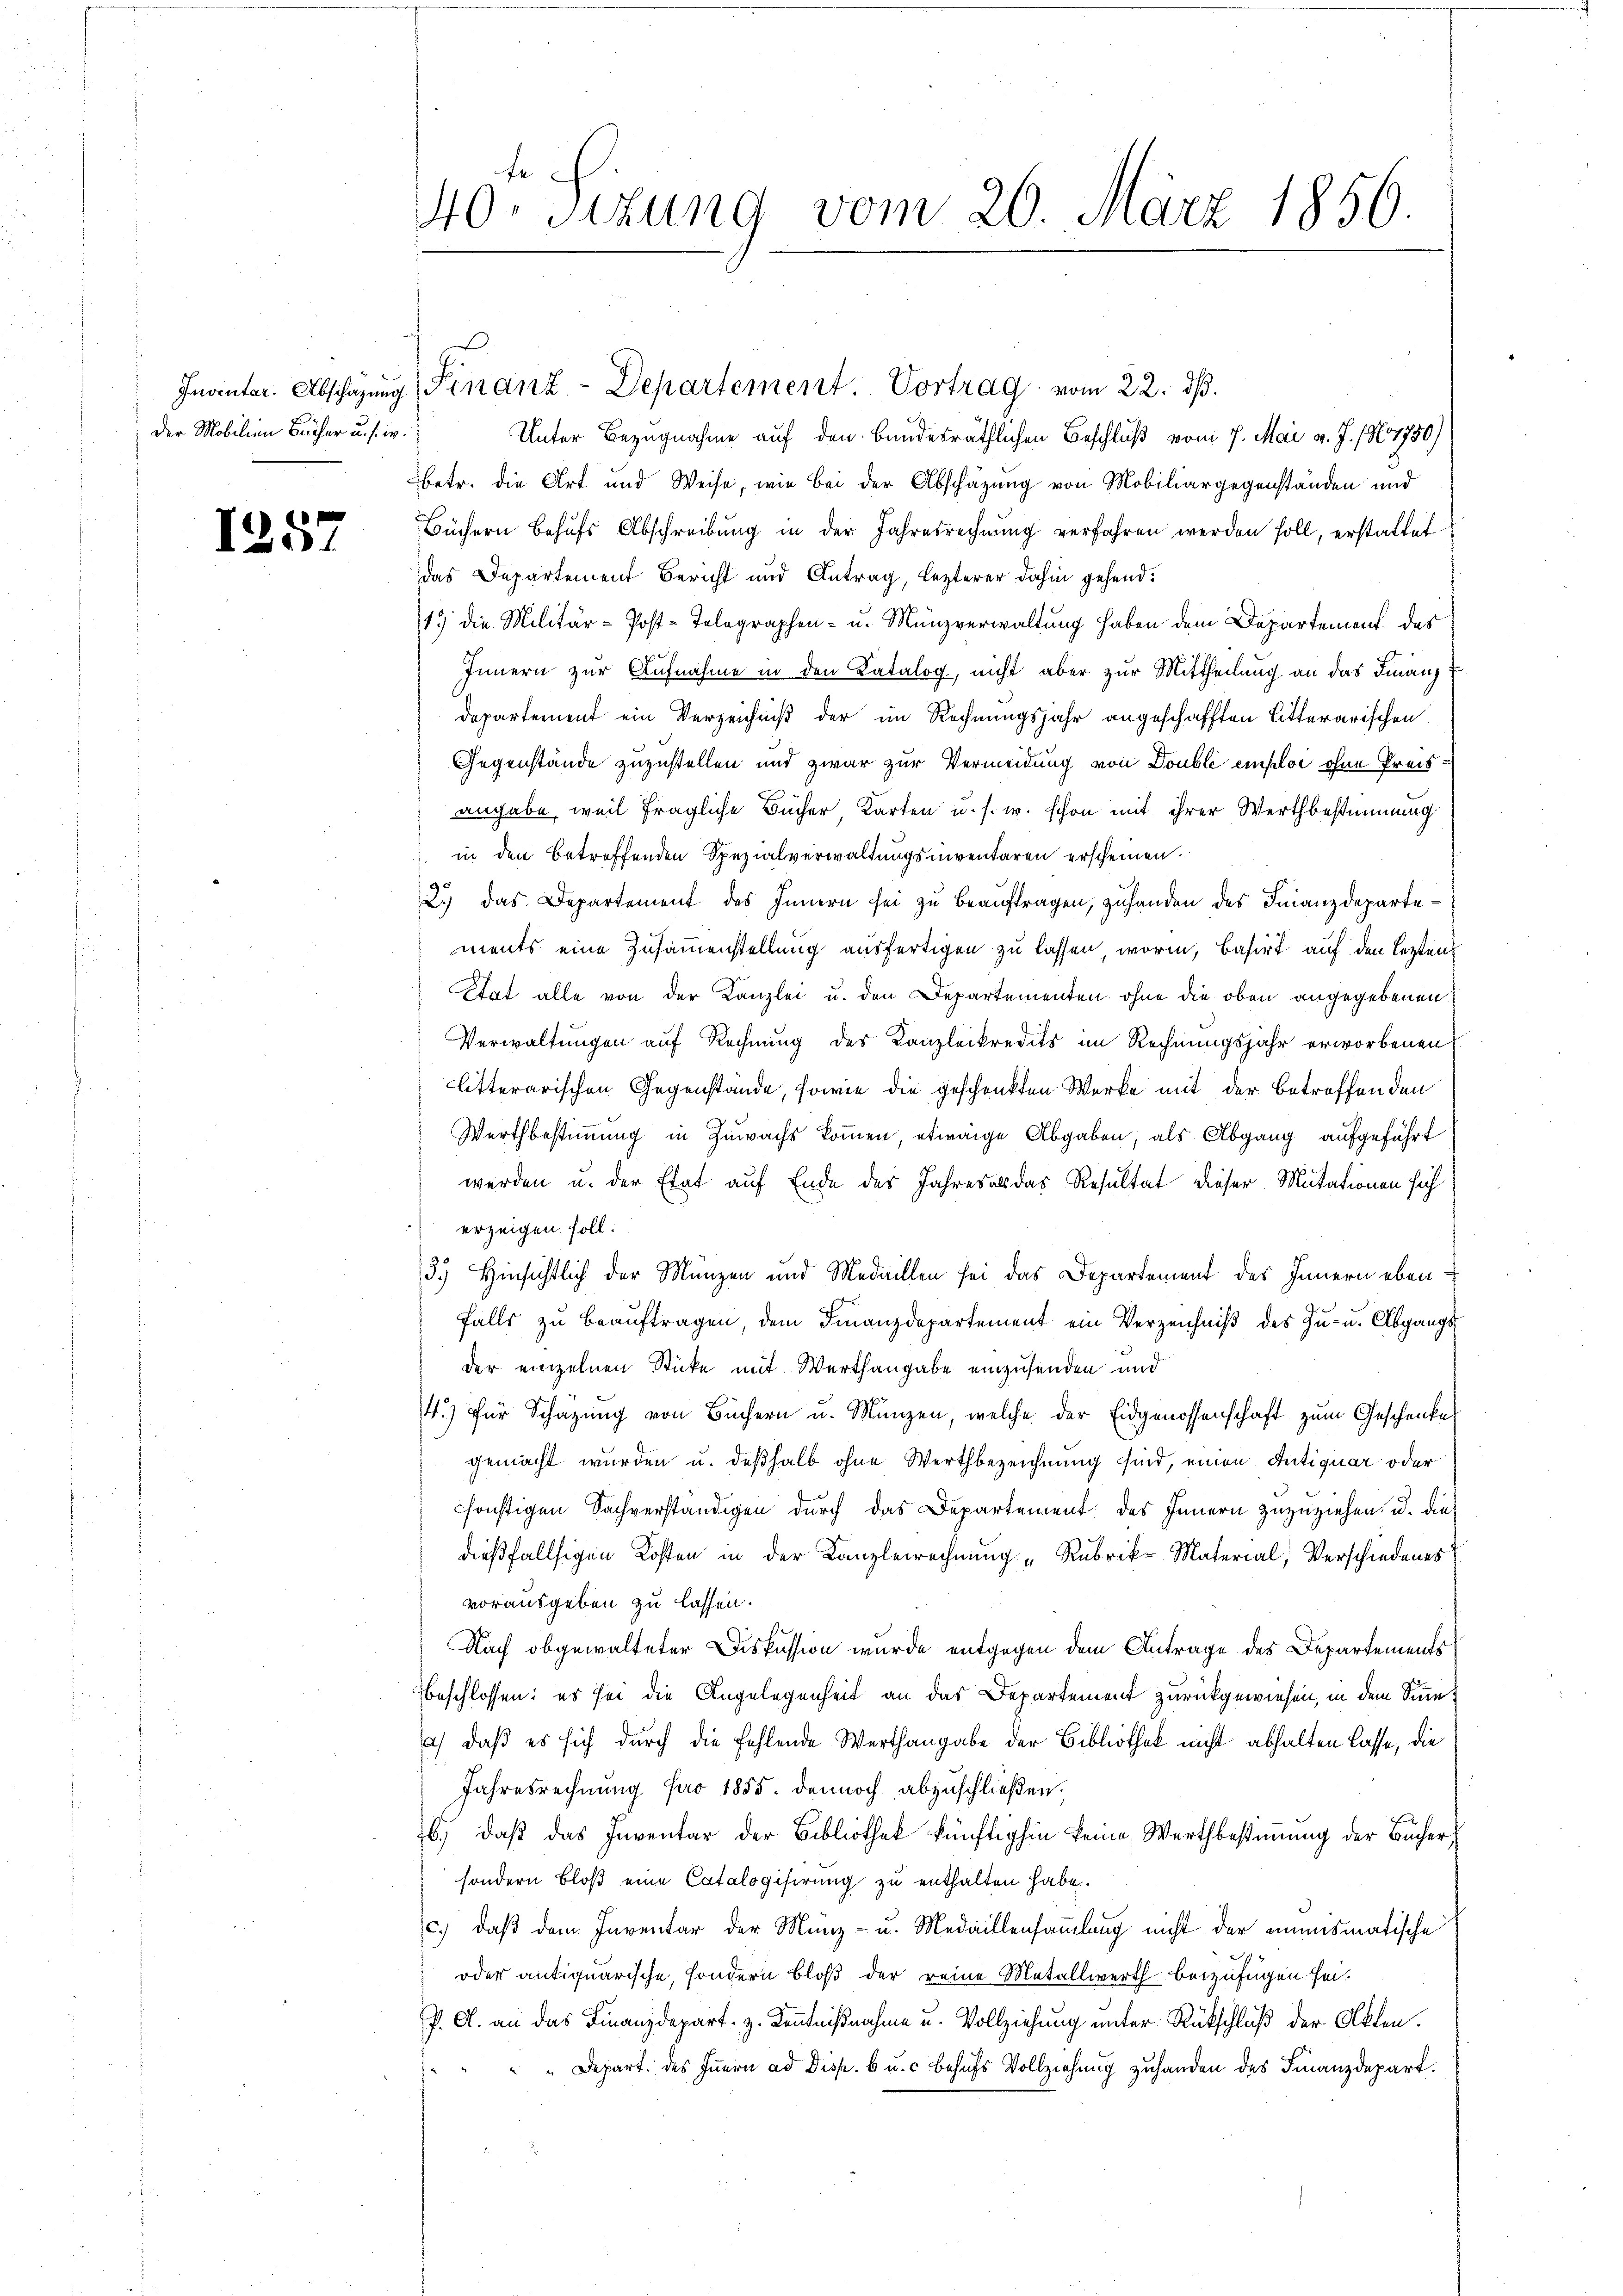
: Der Mobilien Bücher u. s. w.

1257

Unter Bezugnahme auf den Bundesräthlichen Beschluß vom 7. Mai v. J. / No 1750)
betr. die Art und Weise, wie bei der Abschazung von Mobiliargegenständen und
Büchern Behufs Abschreibung in der Jahresrechnung verfahren werden soll, erstattet
das Departement Bericht und Antrag, lezterer dahin gehend:
15 die Militär-Post-Telegraphen- u. Münzverwaltung haben dem Departement des
Innern zur Aufnahme in den Katalog, nicht aber zur Mittheilung an das Finanz
Departement ein Verzeichniß der im Rechnungsjahr angeschafften Litterarischen
Gegenstände zuzustellen und zwar zur Vermeidung von Double emploi ohne Preisangabe, weil fragliche Bücher Karten u. s. w. schon mit ihrer Wertbestimmung
in den betreffenden Spezialverwaltungsniventaren erscheinen.
2.) das Departement des Innern sei zu beauftragen, zuhanden des Finanzdepartements eine Zusammenstellung ausfertigen zu lassen worin, basirt auf den lezten
Etat alle von der Kanzlei u. den Departementen ohne die oben angegebenen
Verwaltungen auf Rechnung des Kanzleikredits im Rechnungsjahr erworbenen
litterarischen Gegenstände, sowie die geschenkten Werke mit der betreffenden
Wertbestimmung in Zuwachs kommen, etwaige Abgaben, als Abgang aufgeführt
werden u. der Etat auf Ende des Jahresal das Resultat dieser Mutationen sich
erzeigen soll.
3.) Hinsichtlich der Münzen und Medaillen sei das Departement des Innern ebenfalls zŭ beaŭftragen, dem Finanzdepartement ein Verzeichniβ des Zu- u. Abgangs
der einzelnen Stücke mit Werthangabe einzusenden und
4.) für Schazung von Büchern u. Münzen, welche der Eidgenossenschaft zum Geschenke
gemacht wurden u. deßhalb ohne Werthbezeichnung sind, einen Antiquar oder
sonstigen Sachverständigen durch das Departement des Innern zuzuziehen, u. die
dießfallsigen Kosten in der Kanzlerrechnung "Rubrik- Material, Verschiedenes
vorausgeben zu lassen.
Nach obgewalteter Diskussion wurde entgegen dem Antrage des Departements
beschlossen: es sei die Angelegenheit an das Departement zurückgewiesen, in dem Sinne¬
) daß es sich durch die fehlende Werthangabe der Bibliothek nicht abhalten lasse, die
Jahresrechnung pro 1855. dennoch abzuschließen.
6.) daß das Inventar der Bibliothek künftighin keine Wertbestimmung der Bücher
sondern Bloß eine Catalogisirung zu enthalten habe.
c.) daß dem Inventar der Münz- u. Medaillensammlung nicht der ausmatische
oder antiquarische, sondern bloß der reine Metallwerth beizufügen sei.
P. A. an das Finanzdepart z. Kenntnißnahme u. Vollziehung unter Rückschluß der Akten.
" Depart. des Innern ad Disp. 6 u. c behufs Vollziehung zuhanden des Finanzdepart.

40. Sizung vom 20. März 1856.

Invinter. Abschazung Finanz-Departement. Vortrag vom 22. dβ.